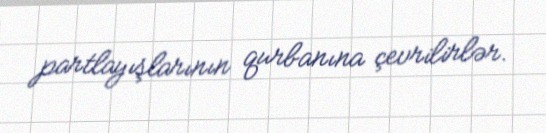
partlayışlarının qurbanına çevrilirlər.